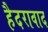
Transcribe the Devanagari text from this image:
हैदरावाद